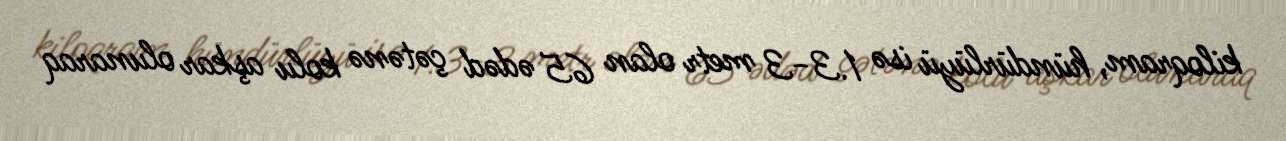
kiloqram, hündürlüyü isə 1.3-3 metr olan 65 ədəd çətənə kolu aşkar olunaraq